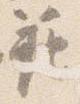
範